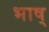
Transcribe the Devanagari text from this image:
भाष्